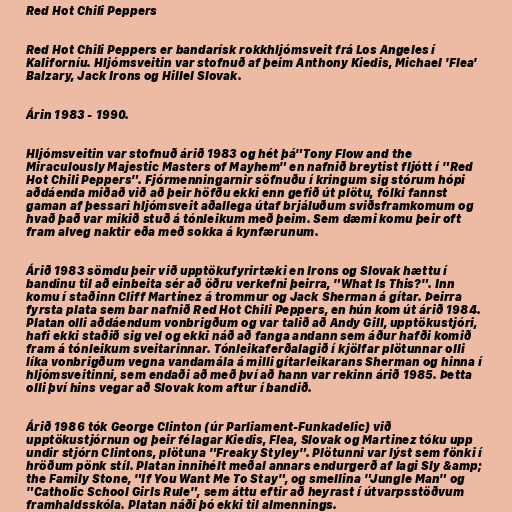
Red Hot Chili Peppers

Red Hot Chili Peppers er bandarísk rokkhljómsveit frá Los Angeles í
Kaliforníu. Hljómsveitin var stofnuð af þeim Anthony Kiedis, Michael 'Flea'
Balzary, Jack Irons og Hillel Slovak.

Árin 1983 - 1990.

Hljómsveitin var stofnuð árið 1983 og hét þá"Tony Flow and the
Miraculously Majestic Masters of Mayhem" en nafnið breytist fljótt í "Red
Hot Chili Peppers". Fjórmenningarnir söfnuðu í kringum sig stórum hópi
aðdáenda miðað við að þeir höfðu ekki enn gefið út plötu, fólki fannst
gaman af þessari hljómsveit aðallega útaf brjáluðum sviðsframkomum og
hvað það var mikið stuð á tónleikum með þeim. Sem dæmi komu þeir oft
fram alveg naktir eða með sokka á kynfærunum.

Árið 1983 sömdu þeir við upptökufyrirtæki en Irons og Slovak hættu í
bandinu til að einbeita sér að öðru verkefni þeirra, "What Is This?". Inn
komu í staðinn Cliff Martinez á trommur og Jack Sherman á gítar. Þeirra
fyrsta plata sem bar nafnið Red Hot Chili Peppers, en hún kom út árið 1984.
Platan olli aðdáendum vonbrigðum og var talið að Andy Gill, upptökustjóri,
hafi ekki staðið sig vel og ekki náð að fanga andann sem áður hafði komið
fram á tónleikum sveitarinnar. Tónleikaferðalagið í kjölfar plötunnar olli
líka vonbrigðum vegna vandamála á milli gítarleikarans Sherman og hinna í
hljómsveitinni, sem endaði að með því að hann var rekinn árið 1985. Þetta
olli því hins vegar að Slovak kom aftur í bandið.

Árið 1986 tók George Clinton (úr Parliament-Funkadelic) við
upptökustjórnun og þeir félagar Kiedis, Flea, Slovak og Martinez tóku upp
undir stjórn Clintons, plötuna "Freaky Styley". Plötunni var lýst sem fönki í
hröðum pönk stíl. Platan innihélt meðal annars endurgerð af lagi Sly &amp;
the Family Stone, "If You Want Me To Stay", og smellina "Jungle Man" og
"Catholic School Girls Rule", sem áttu eftir að heyrast í útvarpsstöðvum
framhaldsskóla. Platan náði þó ekki til almennings.